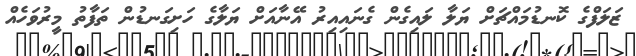
ޒަލަފްގެ ކޮނޑުމައްޗަށް ޔަލާ ލައިގެން ގެނައިއިރު އޭނާއަށް ޔަލާގެ ހަށިގަނޑުން ތަފާތު މީރުވަހެއް